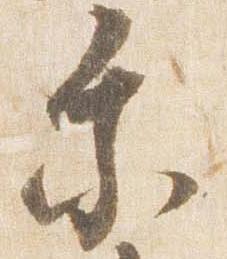
乗